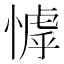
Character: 㦆